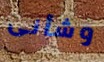
وشأنى